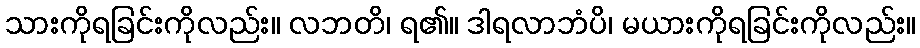
သားကိုရခြင်းကိုလည်း။ လဘတိ၊ ရ၏။ ဒါရလာဘံပိ၊ မယားကိုရခြင်းကိုလည်း။